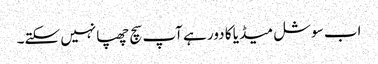
اب سوشل میڈیا کا دور ہے آپ سچ چھپانہیں سکتے۔